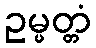
ဥမ္မတ္တံ